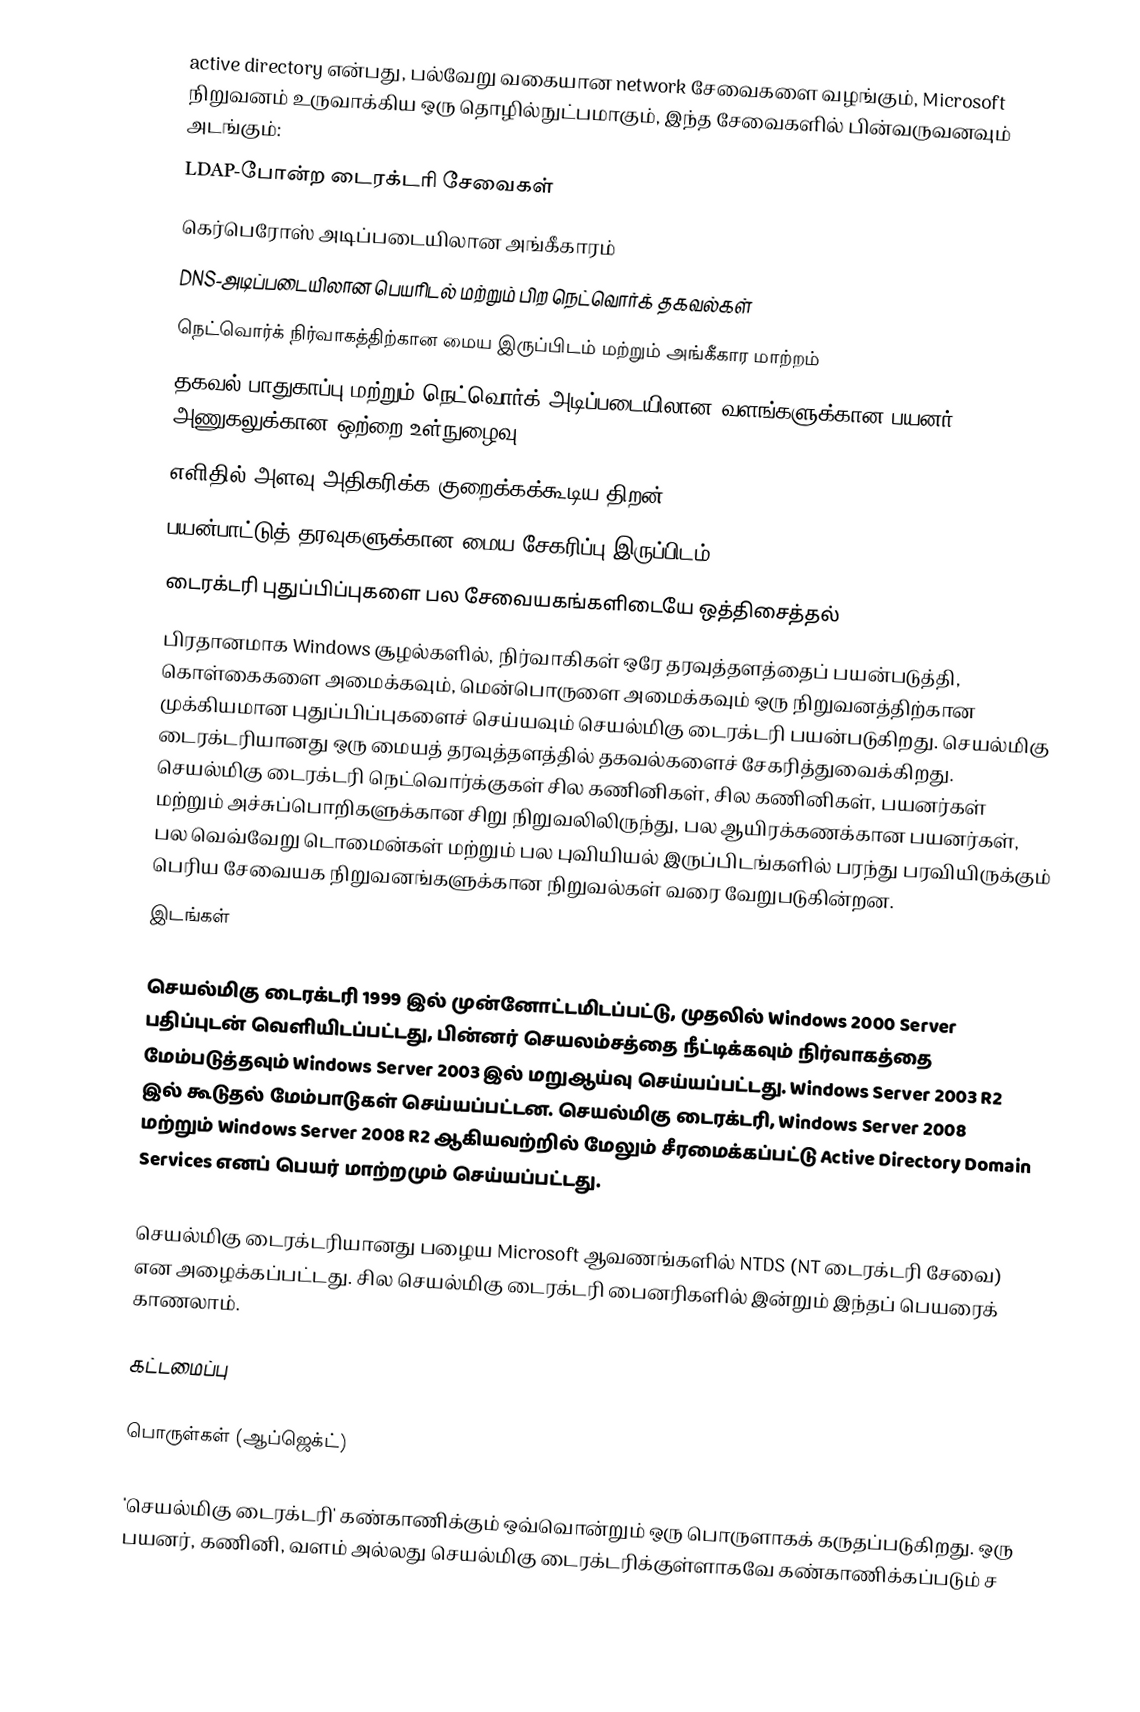
active directory என்பது, பல்வேறு வகையான network சேவைகளை வழங்கும், Microsoft நிறுவனம் உருவாக்கிய ஒரு தொழில்நுட்பமாகும், இந்த சேவைகளில் பின்வருவனவும் அடங்கும்:
 LDAP-போன்ற டைரக்டரி சேவைகள்
 கெர்பெரோஸ் அடிப்படையிலான அங்கீகாரம்
 DNS-அடிப்படையிலான பெயரிடல் மற்றும் பிற நெட்வொர்க் தகவல்கள்
 நெட்வொர்க் நிர்வாகத்திற்கான மைய இருப்பிடம் மற்றும் அங்கீகார மாற்றம்
 தகவல் பாதுகாப்பு மற்றும் நெட்வொர்க் அடிப்படையிலான வளங்களுக்கான பயனர் அணுகலுக்கான ஒற்றை உள்நுழைவு
 எளிதில் அளவு அதிகரிக்க குறைக்கக்கூடிய திறன்
 பயன்பாட்டுத் தரவுகளுக்கான மைய சேகரிப்பு இருப்பிடம்
 டைரக்டரி புதுப்பிப்புகளை பல சேவையகங்களிடையே ஒத்திசைத்தல்
பிரதானமாக Windows சூழல்களில், நிர்வாகிகள் ஒரே தரவுத்தளத்தைப் பயன்படுத்தி, கொள்கைகளை அமைக்கவும், மென்பொருளை அமைக்கவும் ஒரு நிறுவனத்திற்கான முக்கியமான புதுப்பிப்புகளைச் செய்யவும் செயல்மிகு டைரக்டரி பயன்படுகிறது. செயல்மிகு டைரக்டரியானது ஒரு மையத் தரவுத்தளத்தில் தகவல்களைச் சேகரித்துவைக்கிறது. செயல்மிகு டைரக்டரி நெட்வொர்க்குகள் சில கணினிகள், சில கணினிகள், பயனர்கள் மற்றும் அச்சுப்பொறிகளுக்கான சிறு நிறுவலிலிருந்து, பல ஆயிரக்கணக்கான பயனர்கள், பல வெவ்வேறு டொமைன்கள் மற்றும் பல புவியியல் இருப்பிடங்களில் பரந்து பரவியிருக்கும் பெரிய சேவையக நிறுவனங்களுக்கான நிறுவல்கள் வரை வேறுபடுகின்றன.
இடங்கள்

செயல்மிகு டைரக்டரி 1999 இல் முன்னோட்டமிடப்பட்டு, முதலில் Windows 2000 Server பதிப்புடன் வெளியிடப்பட்டது, பின்னர் செயலம்சத்தை நீட்டிக்கவும் நிர்வாகத்தை மேம்படுத்தவும் Windows Server 2003 இல் மறுஆய்வு செய்யப்பட்டது. Windows Server 2003 R2 இல் கூடுதல் மேம்பாடுகள் செய்யப்பட்டன. செயல்மிகு டைரக்டரி, Windows Server 2008 மற்றும் Windows Server 2008 R2 ஆகியவற்றில் மேலும் சீரமைக்கப்பட்டு Active Directory Domain Services எனப் பெயர் மாற்றமும் செய்யப்பட்டது.

செயல்மிகு டைரக்டரியானது பழைய Microsoft ஆவணங்களில் NTDS  (NT டைரக்டரி சேவை) என அழைக்கப்பட்டது. சில செயல்மிகு டைரக்டரி பைனரிகளில் இன்றும் இந்தப் பெயரைக் காணலாம்.

கட்டமைப்பு

பொருள்கள் (ஆப்ஜெக்ட்)

'செயல்மிகு டைரக்டரி' கண்காணிக்கும் ஒவ்வொன்றும் ஒரு பொருளாகக் கருதப்படுகிறது. ஒரு பயனர், கணினி, வளம் அல்லது செயல்மிகு டைரக்டரிக்குள்ளாகவே கண்காணிக்கப்படும் ச